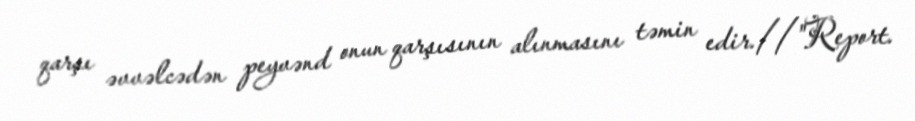
qarşı əvvəlcədən peyvənd onun qarşısının alınmasını təmin edir.//"Report.